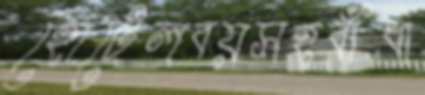
হোটেলবয়সহবাঁধা